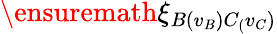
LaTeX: \ensuremath{\xi}_{B(v_{B})C_{(}v_{C})}